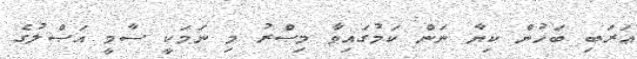
ޢަރަބި ބަހުން ކިޔާ ނަން ކަމުގައިވާ މިޞްރު މި ނަމަކީ ސާމީ އަޞްލުގެ